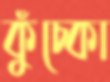
কুঁচ্‌কো